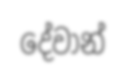
දේවාන්